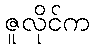
ဇူလိုင်က